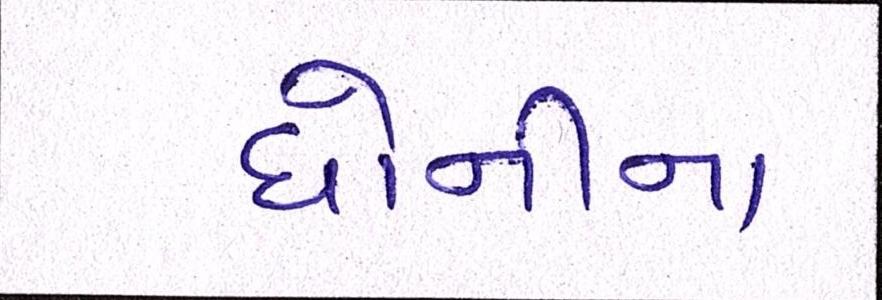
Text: ધોનીના